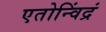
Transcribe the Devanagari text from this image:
एतोन्विंद्रं